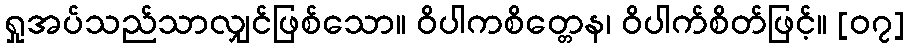
ရှုအပ်သည်သာလျှင်ဖြစ်သော။ ဝိပါကစိတ္တေန၊ ဝိပါက်စိတ်ဖြင့်။ [၀၇]